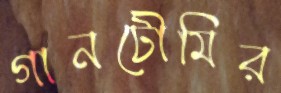
গানটৌমির